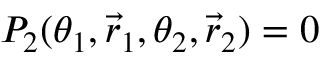
P _ { 2 } ( \theta _ { 1 } , \vec { r } _ { 1 } , \theta _ { 2 } , \vec { r } _ { 2 } ) = 0